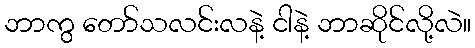
ဘာကွ တော်သလင်းလနဲ့ ငါနဲ့ ဘာဆိုင်လို့လဲ။